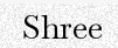
Shree